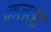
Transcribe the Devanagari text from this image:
क़तआ